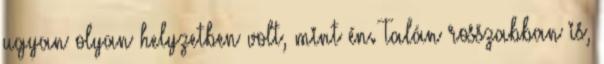
ugyan olyan helyzetben volt, mint én. Talán rosszabban is,